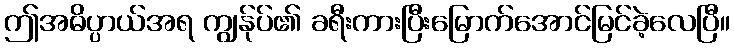
ဤအဓိပ္ပာယ်အရ ကျွန်ုပ်၏ ခရီးကားပြီးမြောက်အောင်မြင်ခဲ့လေပြီ။